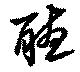
聽